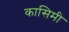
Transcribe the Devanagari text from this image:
कासिमी